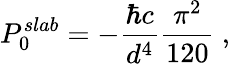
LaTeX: P_{0}^{slab}=-\frac{\hbar c}{d^{4}}\frac{\pi^{2}}{120}\ ,